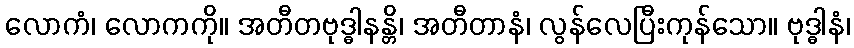
လောကံ၊ လောကကို။ အတီတဗုဒ္ဓါနန္တိ၊ အတီတာနံ၊ လွန်လေပြီးကုန်သော။ ဗုဒ္ဓါနံ၊